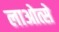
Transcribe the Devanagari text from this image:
लाओत्से